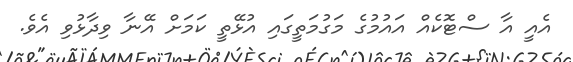
އެއީ އާ ސްޓޮކެއް އައުމުގެ މަގުމަތީގައި އުޅޭތީ ކަމަށް އޭނާ ވިދާޅުވި އެވެ.